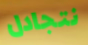
نتجادل